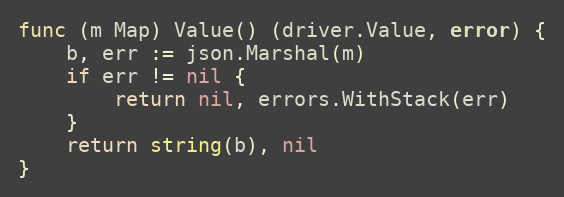
Language: Go
func (m Map) Value() (driver.Value, error) {
	b, err := json.Marshal(m)
	if err != nil {
		return nil, errors.WithStack(err)
	}
	return string(b), nil
}